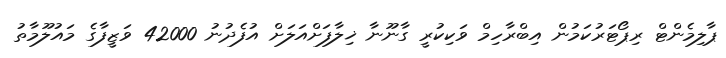
ޕާލިމެންޓް ރިޕޯޓަރުކަމުން އިބްރާހިމް ވަކިކުރީ ގާނޫނާ ޚިލާފަށްއަލަށް އުފެދުނު 42000 ވަޒީފާގެ މައުލޫމާތު